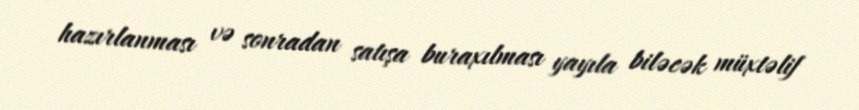
hazırlanması və sonradan satışa buraxılması yayıla biləcək müxtəlif